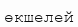
өкшелей